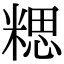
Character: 𥻏